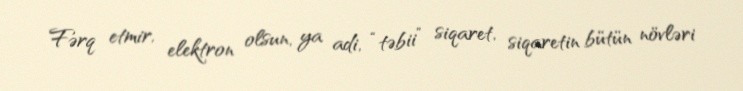
Fərq etmir, elektron olsun, ya adi, “təbii” siqaret, siqaretin bütün növləri